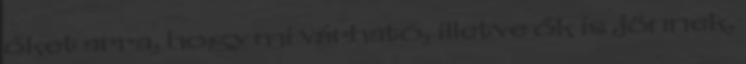
őket arra, hogy mi várható, illetve ők is jönnek,